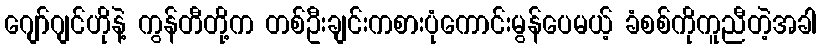
ဂျော်ဂျင်ဟိုနဲ့ ကွန်တီတို့က တစ်ဦးချင်းကစားပုံကောင်းမွန်ပေမယ့် ခံစစ်ကိုကူညီတဲ့အခါ